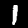
Digit: 1